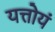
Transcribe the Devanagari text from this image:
यत्तोयं